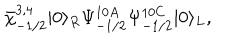
LaTeX: \bar { \chi } _ { - 1 / 2 } ^ { 3 , 4 } | 0 \rangle _ { R } \Psi _ { - 1 / 2 } ^ { 1 0 A } \Psi _ { - 1 / 2 } ^ { 1 0 C } | 0 \rangle _ { L } ,